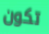
تكون